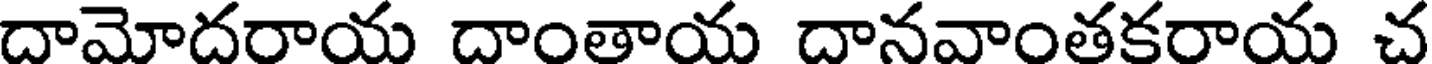
దామోదరాయ దాంతాయ దానవాంతకరాయ చ